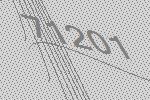
71201